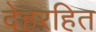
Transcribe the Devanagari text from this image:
देहरहित